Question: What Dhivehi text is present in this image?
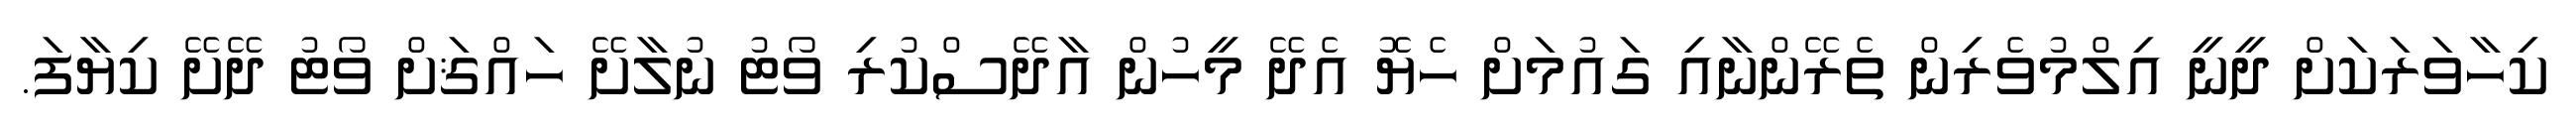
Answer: ކިހާވަރަކަށް ދީނީ އިލްމުވެރިން ތެރޭންނާއި ގައުމަށް ހެޔޮ އެދޭ މީހުން އާދޭސްކުރި ވޯޓު ނުލާށޭ ހައްޤަށް ވޯޓު ދޭށޭ ކިޔާފަ.